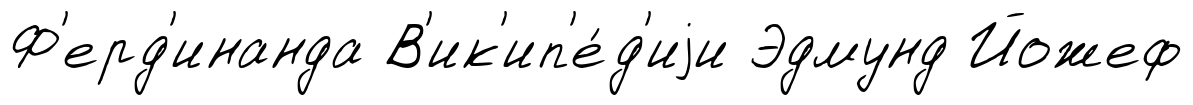
Ф'ерд'инанда В'ик'ип'е́д'иjи Эдмунд Йожеф